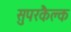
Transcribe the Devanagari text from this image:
सुपरकैल्क